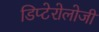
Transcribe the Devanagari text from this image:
डिप्टेरोलोजी